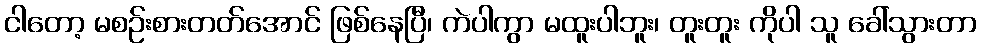
ငါတော့ မစဉ်းစားတတ်အောင် ဖြစ်နေပြီ၊ ကဲပါကွာ မထူးပါဘူး၊ တူးတူး ကိုပါ သူ ခေါ်သွားတာ